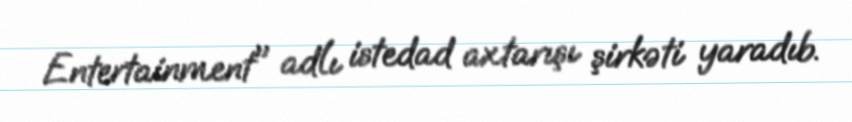
Entertainment" adlı istedad axtarışı şirkəti yaradıb.